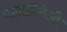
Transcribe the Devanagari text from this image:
घालविलेली